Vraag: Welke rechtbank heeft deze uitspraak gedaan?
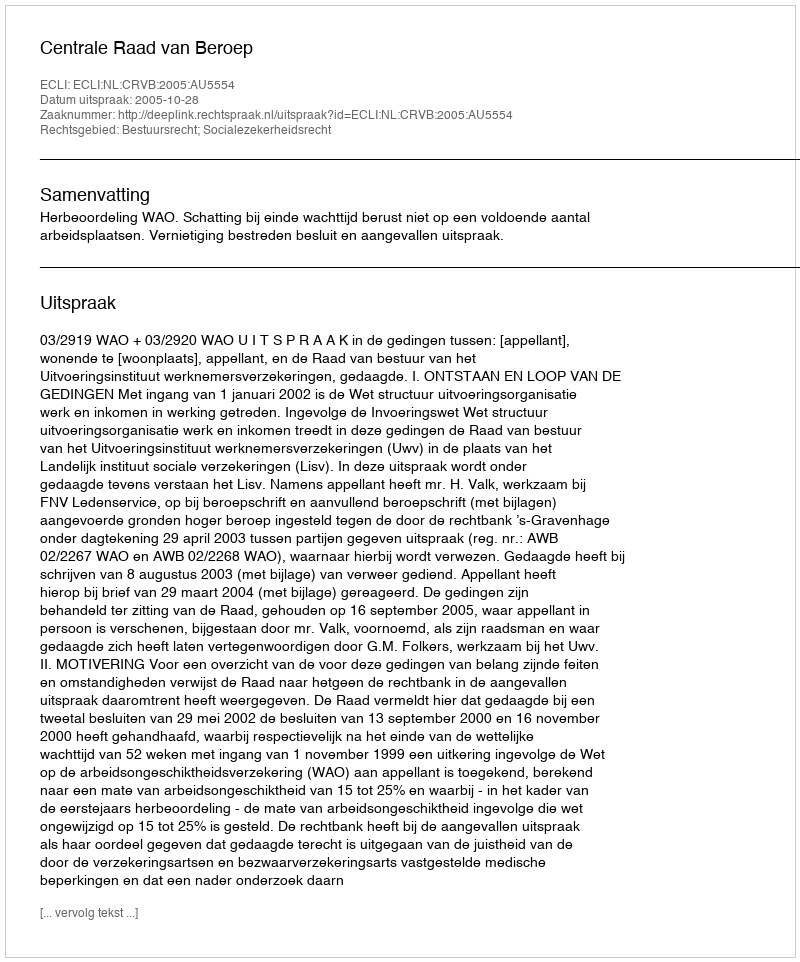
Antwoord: Centrale Raad van Beroep